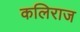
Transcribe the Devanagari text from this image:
कलिराज